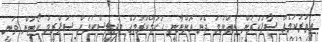
އިތުރުކަމެއް ސާފުކުރަން ނެތްނަމަ ދެން އޮންނާނީ ހުކުމްކުރުމުގެ މަޖިލީސްކަމަށް ސުޕްރީމް ކޯޓުން ވަނީ